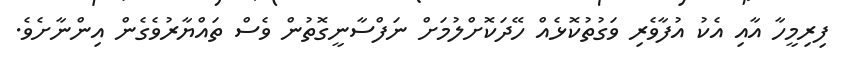
ފިރިމީހާ އާއި އެކު އުފާވެރި ވަގުތުކޮޅެއް ހޭދަކޮށްލުމަށް ނަފްސާނީގޮތުން ވެސް ތައްޔާރުވެގެން އިންނާށެވެ.